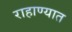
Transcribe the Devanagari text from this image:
राहाण्यात